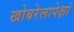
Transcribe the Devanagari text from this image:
खोबरेलापेक्षां